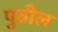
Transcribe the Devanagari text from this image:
पुठील